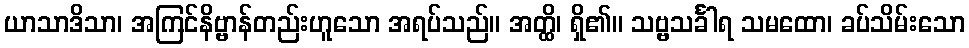
ယာသာဒိသာ၊ အကြင်နိဗ္ဗာန်တည်းဟူသော အရပ်သည်။ အတ္ထိ၊ ရှိ၏။ သဗ္ဗသင်္ခါရ သမထော၊ ခပ်သိမ်းသော